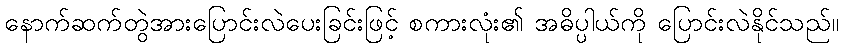
နောက်ဆက်တွဲအားပြောင်းလဲပေးခြင်းဖြင့် စကားလုံး၏ အဓိပ္ပါယ်ကို ပြောင်းလဲနိုင်သည်။